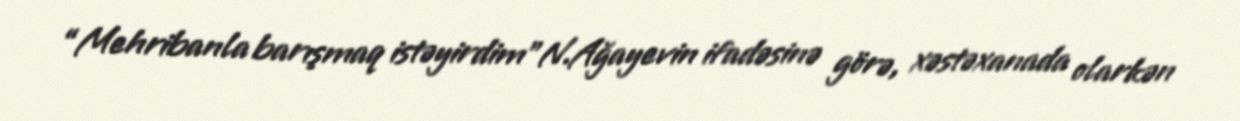
“Mehribanla barışmaq istəyirdim”N.Ağayevin ifadəsinə görə, xəstəxanada olarkən